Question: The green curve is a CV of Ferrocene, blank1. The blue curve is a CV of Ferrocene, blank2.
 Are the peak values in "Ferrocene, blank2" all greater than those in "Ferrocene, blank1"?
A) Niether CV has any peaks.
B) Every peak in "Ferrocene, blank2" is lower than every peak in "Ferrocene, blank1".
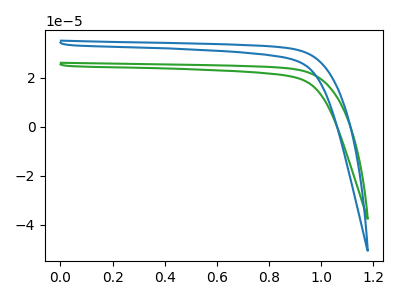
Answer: <think>The green curve "Ferrocene, blank1" has no peaks. The blue curve "Ferrocene, blank2" has no peaks.</think>
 <answer>A) Niether CV has any peaks.</answer>
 <eval>A</eval>